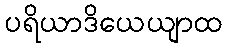
ပရိယာဒိယေယျာထ